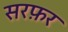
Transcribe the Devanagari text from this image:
सरफ़र